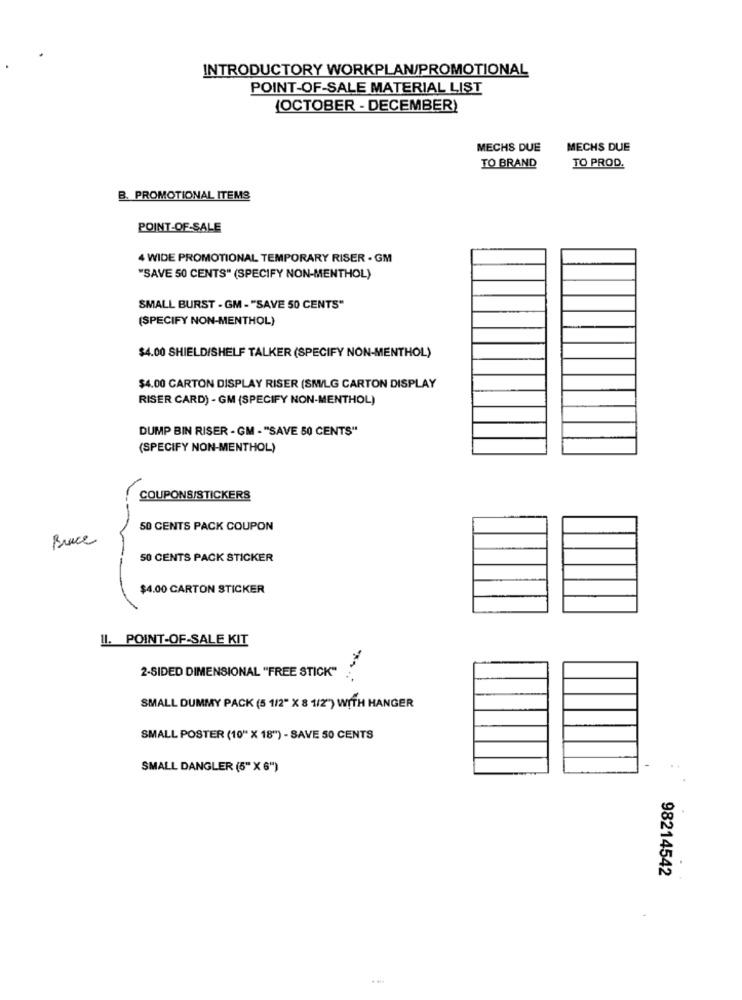
INTRODUCTORY WORKPLAN/PROMOTIONAL
POINT-OF-SALE MATERIAL LIST
(OCTOBER - DECEMBER)
MECHS DUE
MECHS DUE
TO BRAND
TO PROD.
B. PROMOTIONAL ITEMS
POINT-OF-SALE
4 WIDE PROMOTIONAL TEMPORARY RISER - GM
"SAVE 50 CENTS" (SPECIFY NON-MENTHOL)
SMALL BURST - GM - "SAVE 50 CENTS"
(SPECIFY NON-MENTHOL)
$4.00 SHIELDISHELF TALKER (SPECIFY NON-MENTHOL)
$4.00 CARTON DISPLAY RISER (SM/LG CARTON DISPLAY
RISER CARD) - GM (SPECIFY NON-MENTHOL)
DUMP BIN RISER - GM - "SAVE 50 CENTS"
(SPECIFY NON-MENTHOL)
COUPONS/STICKERS
50 CENTS PACK COUPON
Bruce
50 CENTS PACK STICKER
$4.00 CARTON STICKER
11. POINT-OF-SALE KIT
2-SIDED DIMENSIONAL "FREE STICK"
SMALL DUMMY PACK (5 1/2" X 8 1/2") WITH HANGER
SMALL POSTER (10" X 18") - SAVE 50 CENTS
SMALL DANGLER (5"X 6")
-
98214542